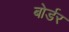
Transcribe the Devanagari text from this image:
बोर्डर